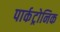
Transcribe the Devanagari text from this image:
पार्कट्रोनिक